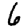
Digit: 6